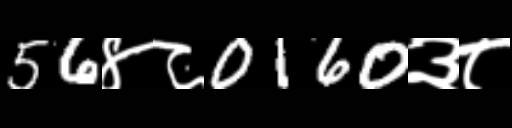
Text: 56४८0160३८